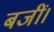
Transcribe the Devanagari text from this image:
बजीं।